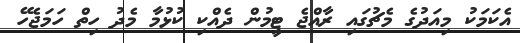
އެކަމަކު މިއަދުގެ މެޗުގައި ރާއްޖެ ޓީމުން ދެއްކި ކުޅުމާ މެދު ހިތް ހަމަޖެހޭ